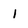
Character: 1